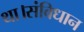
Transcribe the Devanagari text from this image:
था।संविधान